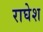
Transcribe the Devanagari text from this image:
राघेश